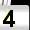
Digit: 4